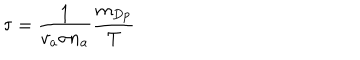
\tau = \frac { 1 } { v _ { a } \sigma n _ { a } } \frac { m _ { D p } } { T }